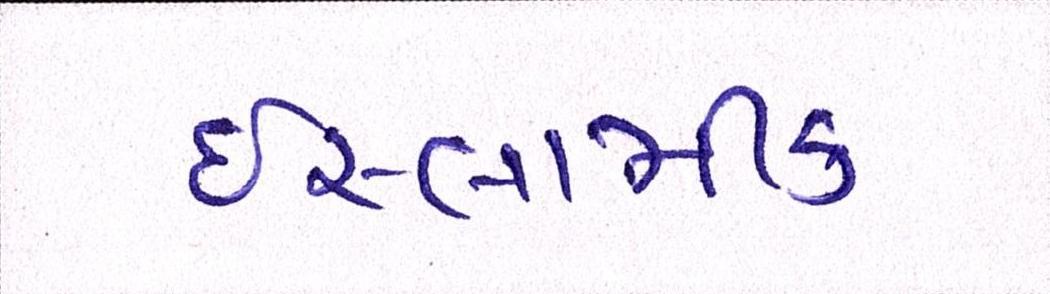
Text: ઈસ્લામીક